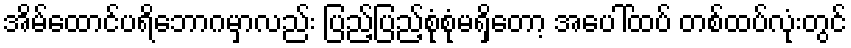
အိမ်ထောင်ပရိဘောဂမှာလည်း ပြည့်ပြည့်စုံစုံမရှိတော့ အပေါ်ထပ် တစ်ထပ်လုံးတွင်